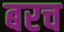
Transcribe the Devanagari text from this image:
बरच